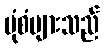
ပုံစံများသည်